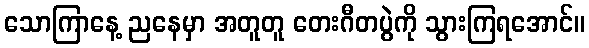
သောကြာနေ့ ညနေမှာ အတူတူ တေးဂီတပွဲကို သွားကြရအောင်။